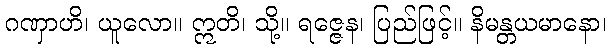
ဂဏှာဟိ၊ ယူလော။ ဣတိ၊ သို့။ ရဇ္ဇေန၊ ပြည်ဖြင့်။ နိမန္တယမာနော၊